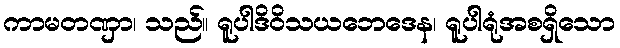
ကာမတဏှာ၊ သည်။ ရူပါဒိဝိသယဘေဒေန၊ ရူပါရုံအစရှိသော